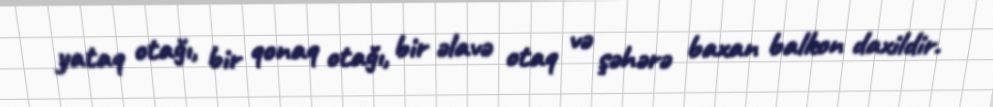
yataq otağı, bir qonaq otağı, bir əlavə otaq və şəhərə baxan balkon daxildir.